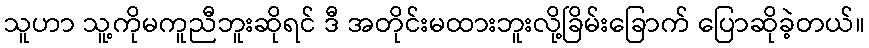
သူဟာ သူ့ကိုမကူညီဘူးဆိုရင် ဒီ အတိုင်းမထားဘူးလို့ခြိမ်းခြောက် ပြောဆိုခဲ့တယ်။